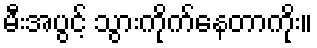
မီးအပွင့် သွားကိုက်နေတာကိုး။